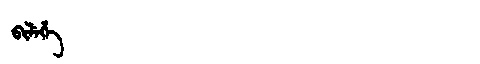
Manchu: ᠪᡳᠯᡝᡥᡝ
Romanization: BILEHE